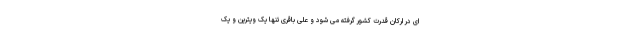
ای در ارکان قدرت کشور گرفته می شود و علی باقری تنها یک ویترین و یک